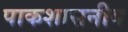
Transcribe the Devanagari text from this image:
पाकशासनीव